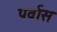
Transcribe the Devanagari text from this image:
पर्वास